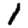
Digit: 1